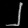
Digit: ၂